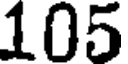
105